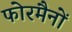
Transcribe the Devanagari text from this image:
फोरमैनाें